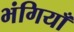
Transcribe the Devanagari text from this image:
भंगियाँ